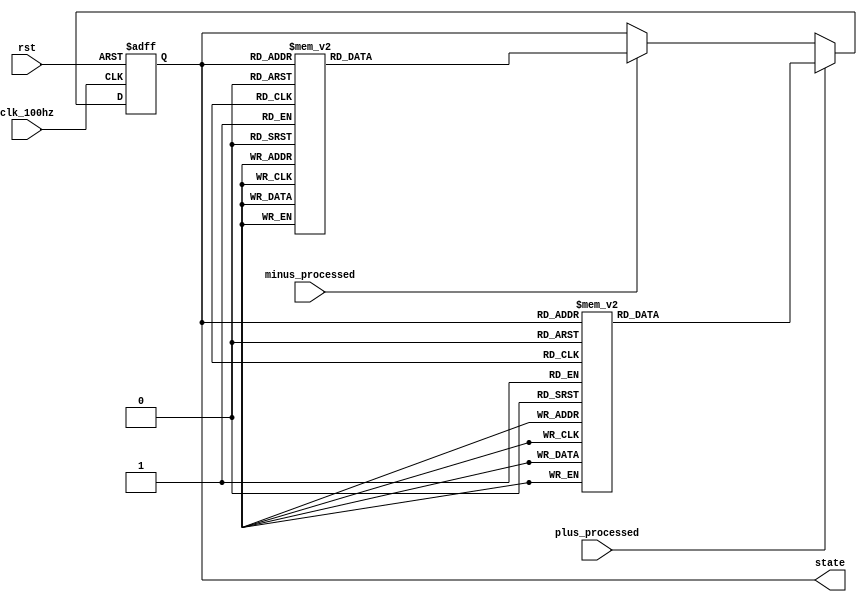
`timescale 1ns / 1ps
//////////////////////////////////////////////////////////////////////////////////
// Company: 
// Engineer: 
// 
// Design Name: 
// Module Name: FSM
// Project Name: 
// Target Devices: 
// Tool Versions: 
// Description: 
// 
// Dependencies: 
// 
// Revision:
// Revision 0.01 - File Created
// Additional Comments:
// 
//////////////////////////////////////////////////////////////////////////////////


module FSM(clk_100hz, rst, plus_processed, minus_processed, state);
    input clk_100hz, rst, plus_processed, minus_processed;
    output [3:0] state;
    
    reg [3:0] state;
    reg [3:0] state_next;
    
    always @* begin
        if(plus_processed == 1'b1) begin
            case(state)
                4'd0: state_next = 4'd1;
                4'd1: state_next = 4'd2;
                4'd2: state_next = 4'd3;
                4'd3: state_next = 4'd4;
                4'd4: state_next = 4'd5;
                4'd5: state_next = 4'd6;
                4'd6: state_next = 4'd7;
                4'd7: state_next = 4'd8;
                4'd8: state_next = 4'd9;
                4'd9: state_next = 4'd10;
                4'd10: state_next = 4'd11;
                4'd11: state_next = 4'd12;
                4'd12: state_next = 4'd13;
                4'd13: state_next = 4'd14;
                4'd14: state_next = 4'd15;
                4'd15: state_next = 4'd15;
                default: state_next = 4'd0;
            endcase
        end
        else if(minus_processed == 1'b1) begin
            case(state)
                4'd0: state_next = 4'd0;
                4'd1: state_next = 4'd0;
                4'd2: state_next = 4'd1;
                4'd3: state_next = 4'd2;
                4'd4: state_next = 4'd3;
                4'd5: state_next = 4'd4;
                4'd6: state_next = 4'd5;
                4'd7: state_next = 4'd6;
                4'd8: state_next = 4'd7;
                4'd9: state_next = 4'd8;
                4'd10: state_next = 4'd9;
                4'd11: state_next = 4'd10;
                4'd12: state_next = 4'd11;
                4'd13: state_next = 4'd12;
                4'd14: state_next = 4'd13;
                4'd15: state_next = 4'd14;
                default: state_next = 4'd0;    
            endcase
        end
        else begin
            state_next = state;
        end
    end
    
    always @(posedge clk_100hz or negedge rst) begin
        if(~rst)
            state <= 4'd0;
        else
            state <= state_next;
    end
endmodule